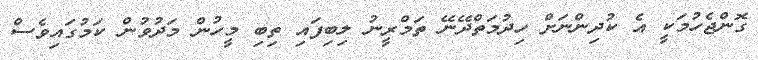
ގޮންޖެހުމަކީ އެ ކުދިންނަށް ހިދުމަތްދޭނޭ ތަމްރީނު ލިބިފައި ތިބި މީހުން މަދުވުން ކަމުގައިވެސް